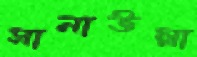
সানাউল্লা